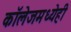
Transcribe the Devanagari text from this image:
कॉलेजमध्येही